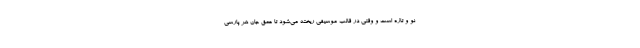
نو و تازه است و وقتی در قالب موسیقی ریخته می‌شود تا عمق جان هر پارسی